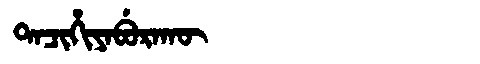
Manchu: ᡨᠠᠴᡳᡥᡳᠶᠠᠪᡠᡵᠠᡴᡡ
Romanization: TACIHIYABURAKŪ